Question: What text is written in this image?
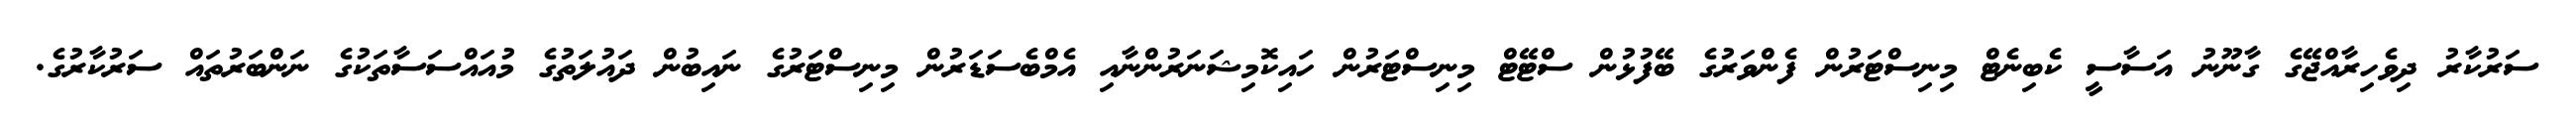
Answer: ސަރުކާރު ދިވެހިރާއްޖޭގެ ގާނޫނު އަސާސީ ކެބިނެޓް މިނިސްޓަރުން ފެންވަރުގެ ބޭފުޅުން ސްޓޭޓް މިނިސްޓަރުން ހައިކޮމިޝަނަރުންނާއި އެމްބެސަޑަރުން މިނިސްޓަރުގެ ނައިބުން ދައުލަތުގެ މުއައްސަސާތަކުގެ ނަންބަރުތައް ސަރުކާރުގެ.